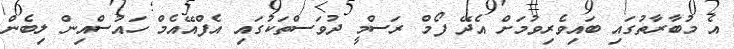
އެ މުބާރާތުގައި ބައިވެރިވުމަށް އެދޭ ފޯމް ރަސްމީ ދުވަސްތަކުގައި އެފްއޭއެމް ހައުސްއިން ލިބެން